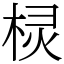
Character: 棂